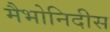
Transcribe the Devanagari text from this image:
मैभोनिदीस